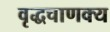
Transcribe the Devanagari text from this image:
वृद्धचाणक्य